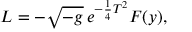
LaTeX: { \cal L } = - \sqrt { - g } \thinspace e ^ { - \frac { 1 } { 4 } T ^ { 2 } } { \cal F } ( y ) ,